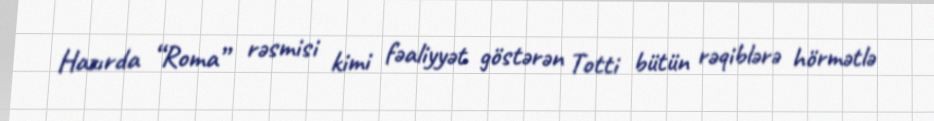
Hazırda “Roma” rəsmisi kimi fəaliyyət göstərən Totti bütün rəqiblərə hörmətlə